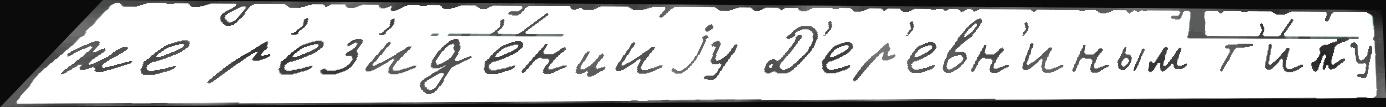
же р'ез'ид'е́нциjу Д'ер'евн'иным т'и́пу